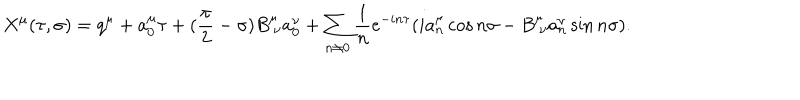
LaTeX: X ^ { \mu } ( \tau , \sigma ) = q ^ { \mu } + a _ { 0 } ^ { \mu } \tau + ( \frac { \pi } { 2 } - \sigma ) B _ { \ \nu } ^ { \mu } a _ { 0 } ^ { \nu } + \sum _ { n \neq 0 } \frac { 1 } { n } e ^ { - i n \tau } ( i a _ { n } ^ { \mu } \cos n \sigma - B _ { \ \nu } ^ { \mu } a _ { n } ^ { \nu } \sin n \sigma ) .